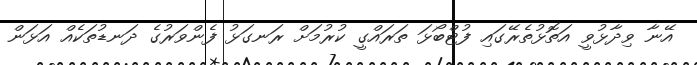
އޭނާ ވިދާޅުވީ އަތޮޅުތެރޭގައި ފުޓްބޯޅަ ތަރައްގީ ކުރުމަށް ރަނގަޅު ފެންވަރުގެ ދަނޑުތަކެއް އަޅަން